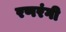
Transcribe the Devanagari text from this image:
रणरंगी